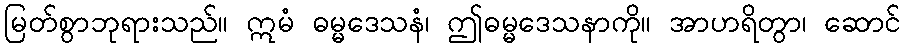
မြတ်စွာဘုရားသည်။ ဣမံ ဓမ္မဒေသနံ၊ ဤဓမ္မဒေသနာကို။ အာဟရိတွာ၊ ဆောင်